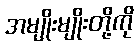
အမျိုးမျိုးတို့ကို